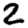
Digit: 2